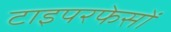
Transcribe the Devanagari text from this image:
टाइपरफेसों